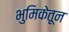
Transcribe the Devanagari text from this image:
भुमिकेतून